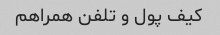
کیف پول و تلفن همراهم